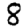
Digit: 8